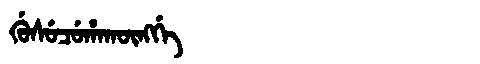
Manchu: ᡤᡠᠰᡠᠴᡠᡥᠠᡴᡡᠩᡤᡝ
Romanization: GUSUCUHAKŪNGGE